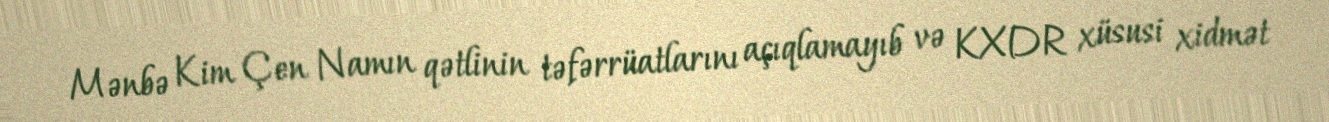
Mənbə Kim Çen Namın qətlinin təfərrüatlarını açıqlamayıb və KXDR xüsusi xidmət